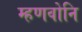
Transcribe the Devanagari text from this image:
म्हणवोनि